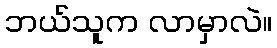
ဘယ်သူက လာမှာလဲ။